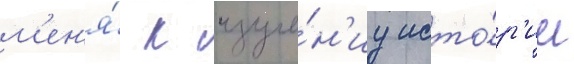
м'ен'я́ к изуче́н'иу исто́р'ии